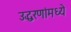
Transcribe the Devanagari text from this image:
उद्धरणांमध्ये